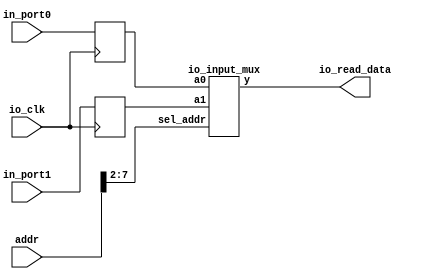
module io_input_reg (addr,io_clk,io_read_data,in_port0,in_port1);  
	input  [31:0]  addr; 
	input          io_clk; 
	input  [31:0]  in_port0,in_port1; 
	
	output [31:0]  io_read_data;  
	
	reg    [31:0]  in_reg0;     // input port0 
	reg    [31:0]  in_reg1;     // input port1  
	
	io_input_mux io_imput_mux2x32(in_reg0,in_reg1,addr[7:2],io_read_data);  
	
	always @(posedge io_clk)  
	begin           
		in_reg0 <= in_port0;   //  io_clk            
		in_reg1 <= in_port1;   //  io_clk   
		// more ports  
	end 
	
endmodule   


module io_input_mux(a0,a1,sel_addr,y);     
	input   [31:0]  a0,a1;     
	input   [ 5:0]  sel_addr;  
   
	output  [31:0]  y;  
   
	reg     [31:0]  y;    
	
	always @ *     
	case (sel_addr)  
       6'b110000: y = a0;        
		 6'b110001: y = a1;    
		 default: y = a0;
		 // more ports         
	endcase
		 
endmodule